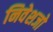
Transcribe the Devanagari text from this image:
निवेशजो